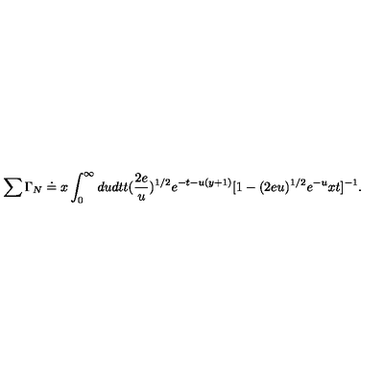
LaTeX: \sum \Gamma _ { N } \doteq x \int _ { 0 } ^ { \infty } d u d t t ( \frac { 2 e } { u } ) ^ { 1 / 2 } e ^ { - t - u ( y + 1 ) } [ 1 - ( 2 e u ) ^ { 1 / 2 } e ^ { - u } x t ] ^ { - 1 } .